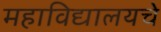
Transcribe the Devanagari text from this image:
महाविद्यालयचे